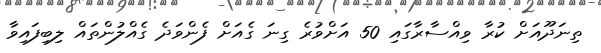
ތިނަދޫއަށް ކުރާ ވިއްސާރާގައި 50 އަށްވުރެ ގިނަ ގެއަށް ފެންވަދެ ގެއްލުންތައް ލިބިފައިވާ